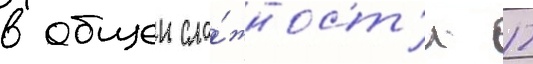
в общеи сло́жност'и 12